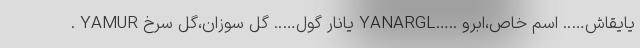
. YAMUR یانار گول….. گل سوزان،گل سرخ YANARGL….. یایقاش….. اسم خاص،ابرو